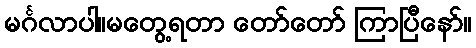
မင်္ဂလာပါ။မတွေ့ရတာ တော်တော် ကြာပြီနော်။